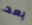
بعد